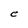
Character: e